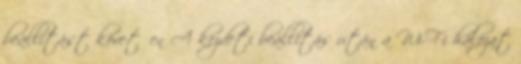
beállítást követően A kezdeti beállítás után a Wi-Fi hálózat